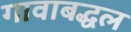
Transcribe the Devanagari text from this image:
गावाबद्धल